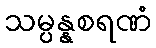
သမ္ပန္နစရဏံ